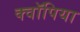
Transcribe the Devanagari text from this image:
क्वॉपिया